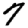
Digit: 7